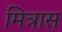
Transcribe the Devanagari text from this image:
मित्रास